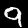
Label: 9